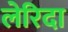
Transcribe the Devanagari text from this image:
लेरिदा